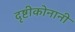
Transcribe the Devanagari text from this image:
दृष्टीकोनानी